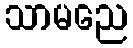
သာမညေ